Indian journal of veterinary science and animal husbandry - Volumes 26-27, 1956-1957
Year: 1956
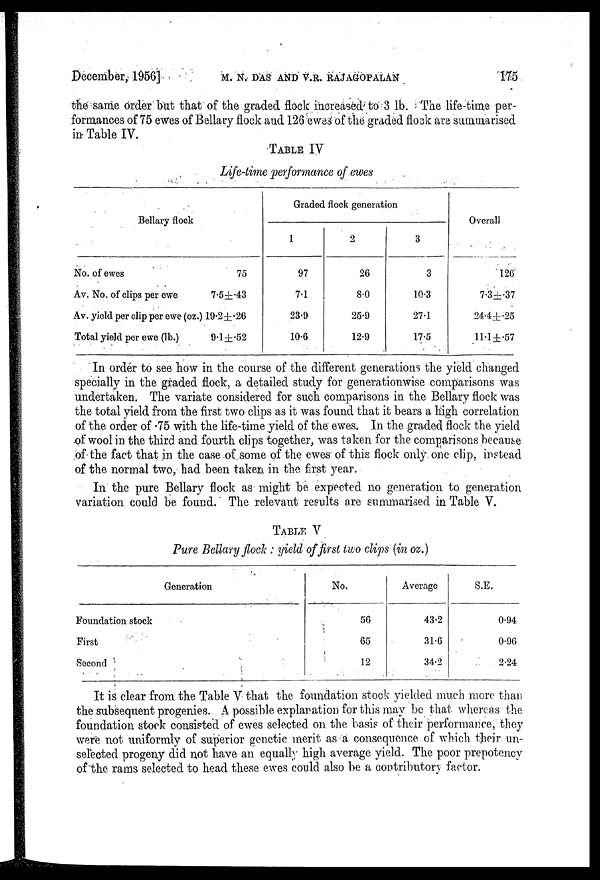
December, 1956]
M.
N.
DAS
AND
V.R.
RAJAGOPALAN
175
the same order but that of the graded flock increased to 3 lb. The life-time per-
formances of 75 ewes of Bellary flock and 126 ewes of the graded flock are summarised
in Table IV.
TABLE IV
Life-time performance of ewes
Bellary flock
No. of ewes
Av. No. of clips per ewe
Av. yield per clip per ewe (oz.)
Total yield per ewe (lb.)
75
7.5±.43
19.2±.26
9.1±.52
Graded flock generation
1
97
7.1
23.9
10.6
2
26
8.0
25.9
12.9
3
3
10.3
27.1
17.5
Overall
126
7.3±.37
24.4±.25
11.1±.57
In order to see how in the course of the different generations the yield changed
specially in the graded flock, a detailed study for generationwise comparisons was
undertaken. The variate considered for such comparisons in the Bellary flock was
the total yield from the first two clips as it was found that it bears a high correlation
of the order of .75 with the life-time yield of the ewes. In the graded flock the yield
of wool in the third and fourth clips together, was taken for the comparisons because
of the fact that in the case of some of the ewes of this flock only one clip, instead
of the normal two, had been taken in the first year.
In the pure Bellary flock as might be expected no generation to generation
variation could be found. The relevant results are summarised in Table V.
TABLE V
Pure Bellary flock : yield of first two clips (in oz.)
Generation
Foundation stock
First
Second
No.
56
65
12
Average
43.2
31.6
34.2
S.E.
0.94
0.96
2.24
It is clear from the Table V that the foundation stock yielded much more than
the subsequent progenies. A possible explanation for this may be that whereas the
foundation stock consisted of ewes selected on the basis of their performance, they
were not uniformly of superior genetic merit as a consequence of which their un-
selected progeny did not have an equally high average yield. The poor prepotency
of the rams selected to head these ewes could also be a contributory factor.